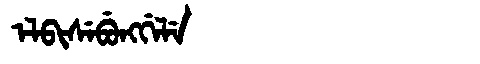
Manchu: ᡝᠯᠪᡳᠰᡝᠪᡠᠩᡤᡝᠯᡝ
Romanization: ELBISEBUNGGELE